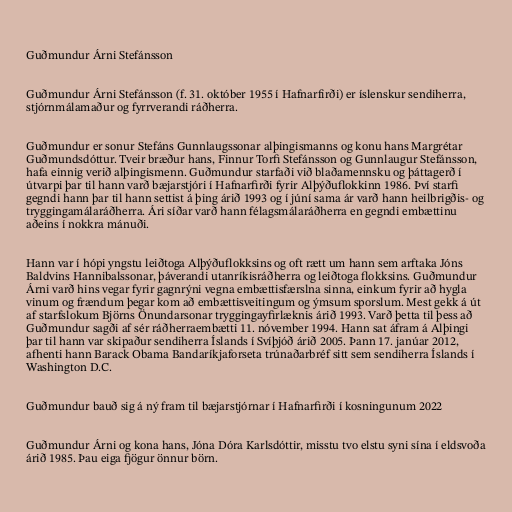
Guðmundur Árni Stefánsson

Guðmundur Árni Stefánsson (f. 31. október 1955 í Hafnarfirði) er íslenskur sendiherra,
stjórnmálamaður og fyrrverandi ráðherra.

Guðmundur er sonur Stefáns Gunnlaugssonar alþingismanns og konu hans Margrétar
Guðmundsdóttur. Tveir bræður hans, Finnur Torfi Stefánsson og Gunnlaugur Stefánsson,
hafa einnig verið alþingismenn. Guðmundur starfaði við blaðamennsku og þáttagerð í
útvarpi þar til hann varð bæjarstjóri í Hafnarfirði fyrir Alþýðuflokkinn 1986. Því starfi
gegndi hann þar til hann settist á þing árið 1993 og í júní sama ár varð hann heilbrigðis- og
tryggingamálaráðherra. Ári síðar varð hann félagsmálaráðherra en gegndi embættinu
aðeins í nokkra mánuði.

Hann var í hópi yngstu leiðtoga Alþýðuflokksins og oft rætt um hann sem arftaka Jóns
Baldvins Hannibalssonar, þáverandi utanríkisráðherra og leiðtoga flokksins. Guðmundur
Árni varð hins vegar fyrir gagnrýni vegna embættisfærslna sinna, einkum fyrir að hygla
vinum og frændum þegar kom að embættisveitingum og ýmsum sporslum. Mest gekk á út
af starfslokum Björns Önundarsonar tryggingayfirlæknis árið 1993. Varð þetta til þess að
Guðmundur sagði af sér ráðherraembætti 11. nóvember 1994. Hann sat áfram á Alþingi
þar til hann var skipaður sendiherra Íslands í Svíþjóð árið 2005. Þann 17. janúar 2012,
afhenti hann Barack Obama Bandaríkjaforseta trúnaðarbréf sitt sem sendiherra Íslands í
Washington D.C.

Guðmundur bauð sig á ný fram til bæjarstjórnar í Hafnarfirði í kosningunum 2022

Guðmundur Árni og kona hans, Jóna Dóra Karlsdóttir, misstu tvo elstu syni sína í eldsvoða
árið 1985. Þau eiga fjögur önnur börn.